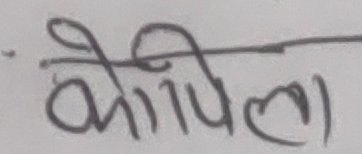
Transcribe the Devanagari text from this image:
कोकिला